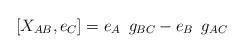
LaTeX: \begin{align*}[X_{AB}, e_C] = e_A\hskip.2cm g_{BC} - e_B\hskip.2cm g_{AC}\end{align*}